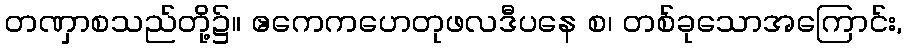
တဏှာစသည်တို့၌။ ဧကေကဟေတုဖလဒီပနေ စ၊ တစ်ခုသောအကြောင်း,